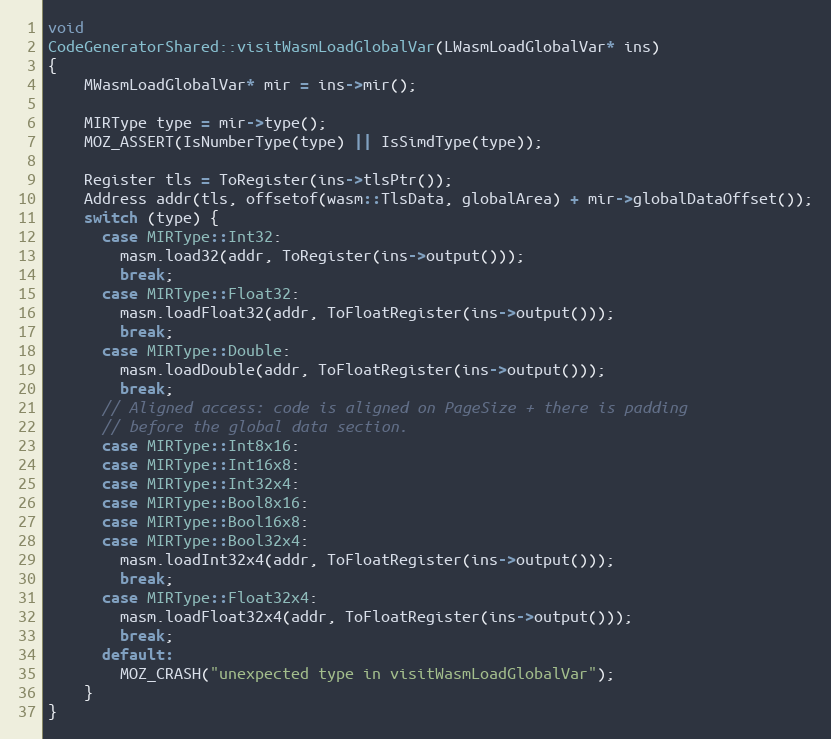
Language: C++
void
CodeGeneratorShared::visitWasmLoadGlobalVar(LWasmLoadGlobalVar* ins)
{
    MWasmLoadGlobalVar* mir = ins->mir();

    MIRType type = mir->type();
    MOZ_ASSERT(IsNumberType(type) || IsSimdType(type));

    Register tls = ToRegister(ins->tlsPtr());
    Address addr(tls, offsetof(wasm::TlsData, globalArea) + mir->globalDataOffset());
    switch (type) {
      case MIRType::Int32:
        masm.load32(addr, ToRegister(ins->output()));
        break;
      case MIRType::Float32:
        masm.loadFloat32(addr, ToFloatRegister(ins->output()));
        break;
      case MIRType::Double:
        masm.loadDouble(addr, ToFloatRegister(ins->output()));
        break;
      // Aligned access: code is aligned on PageSize + there is padding
      // before the global data section.
      case MIRType::Int8x16:
      case MIRType::Int16x8:
      case MIRType::Int32x4:
      case MIRType::Bool8x16:
      case MIRType::Bool16x8:
      case MIRType::Bool32x4:
        masm.loadInt32x4(addr, ToFloatRegister(ins->output()));
        break;
      case MIRType::Float32x4:
        masm.loadFloat32x4(addr, ToFloatRegister(ins->output()));
        break;
      default:
        MOZ_CRASH("unexpected type in visitWasmLoadGlobalVar");
    }
}